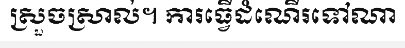
ស្រួចស្រាល់។ ការធ្វើដំណើរទៅណា